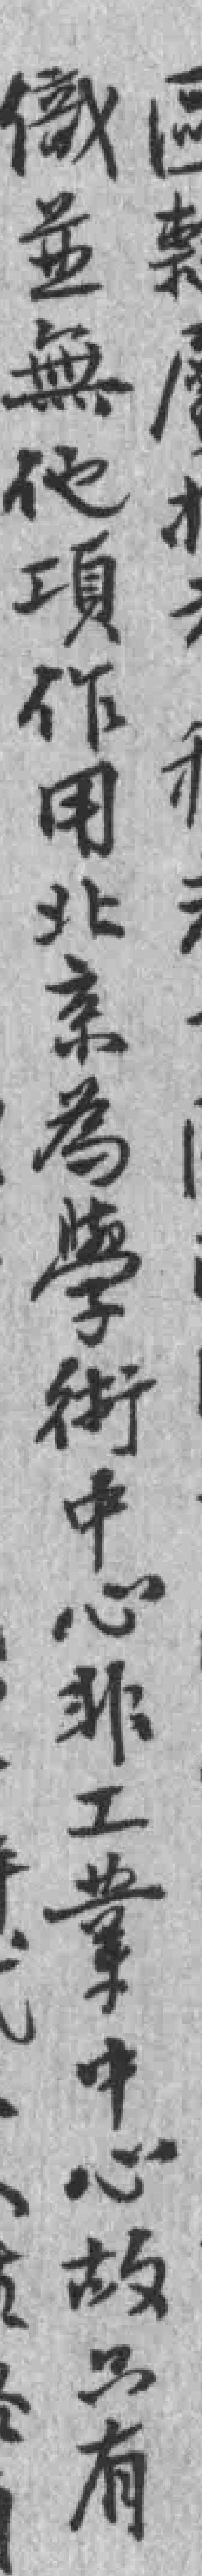
織並無他項作用北京為學術中心非工業中心故只有